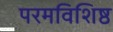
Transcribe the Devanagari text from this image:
परमविशिष्ठ